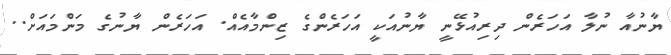
ޔާނުއާ ނުލާ އަހަރެން ދިރިއުޅޭނީ ޔާނުއަކީ އަހަރެންގެ ޒިންމާއެއް. އަހަރެން ޔާނުގެ މަންމައަށް..